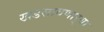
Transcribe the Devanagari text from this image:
खडसावणार्‍या